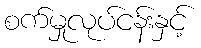
စက်မှုလုပ်ငန်းနှင့်